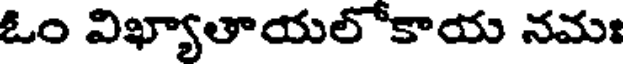
ఓం విఖ్యాతాయలోకాయ నమః